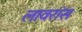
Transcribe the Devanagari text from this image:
लावरांस